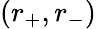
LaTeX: (r_{+},r_{-})